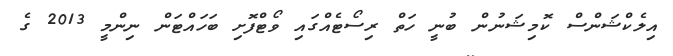
އިލެކްޝަންސް ކޮމިޝަނުން ބުނީ ހަތް ރިސޯޓެއްގައި ވޯޓްފޮށި ބަހައްޓަން ނިންމީ 2013 ގެ